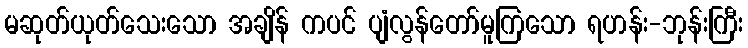
မဆုတ်ယုတ်သေးသော အချိန် ကပင် ပျံလွန်တော်မူကြသော ရဟန်း-ဘုန်းကြီး